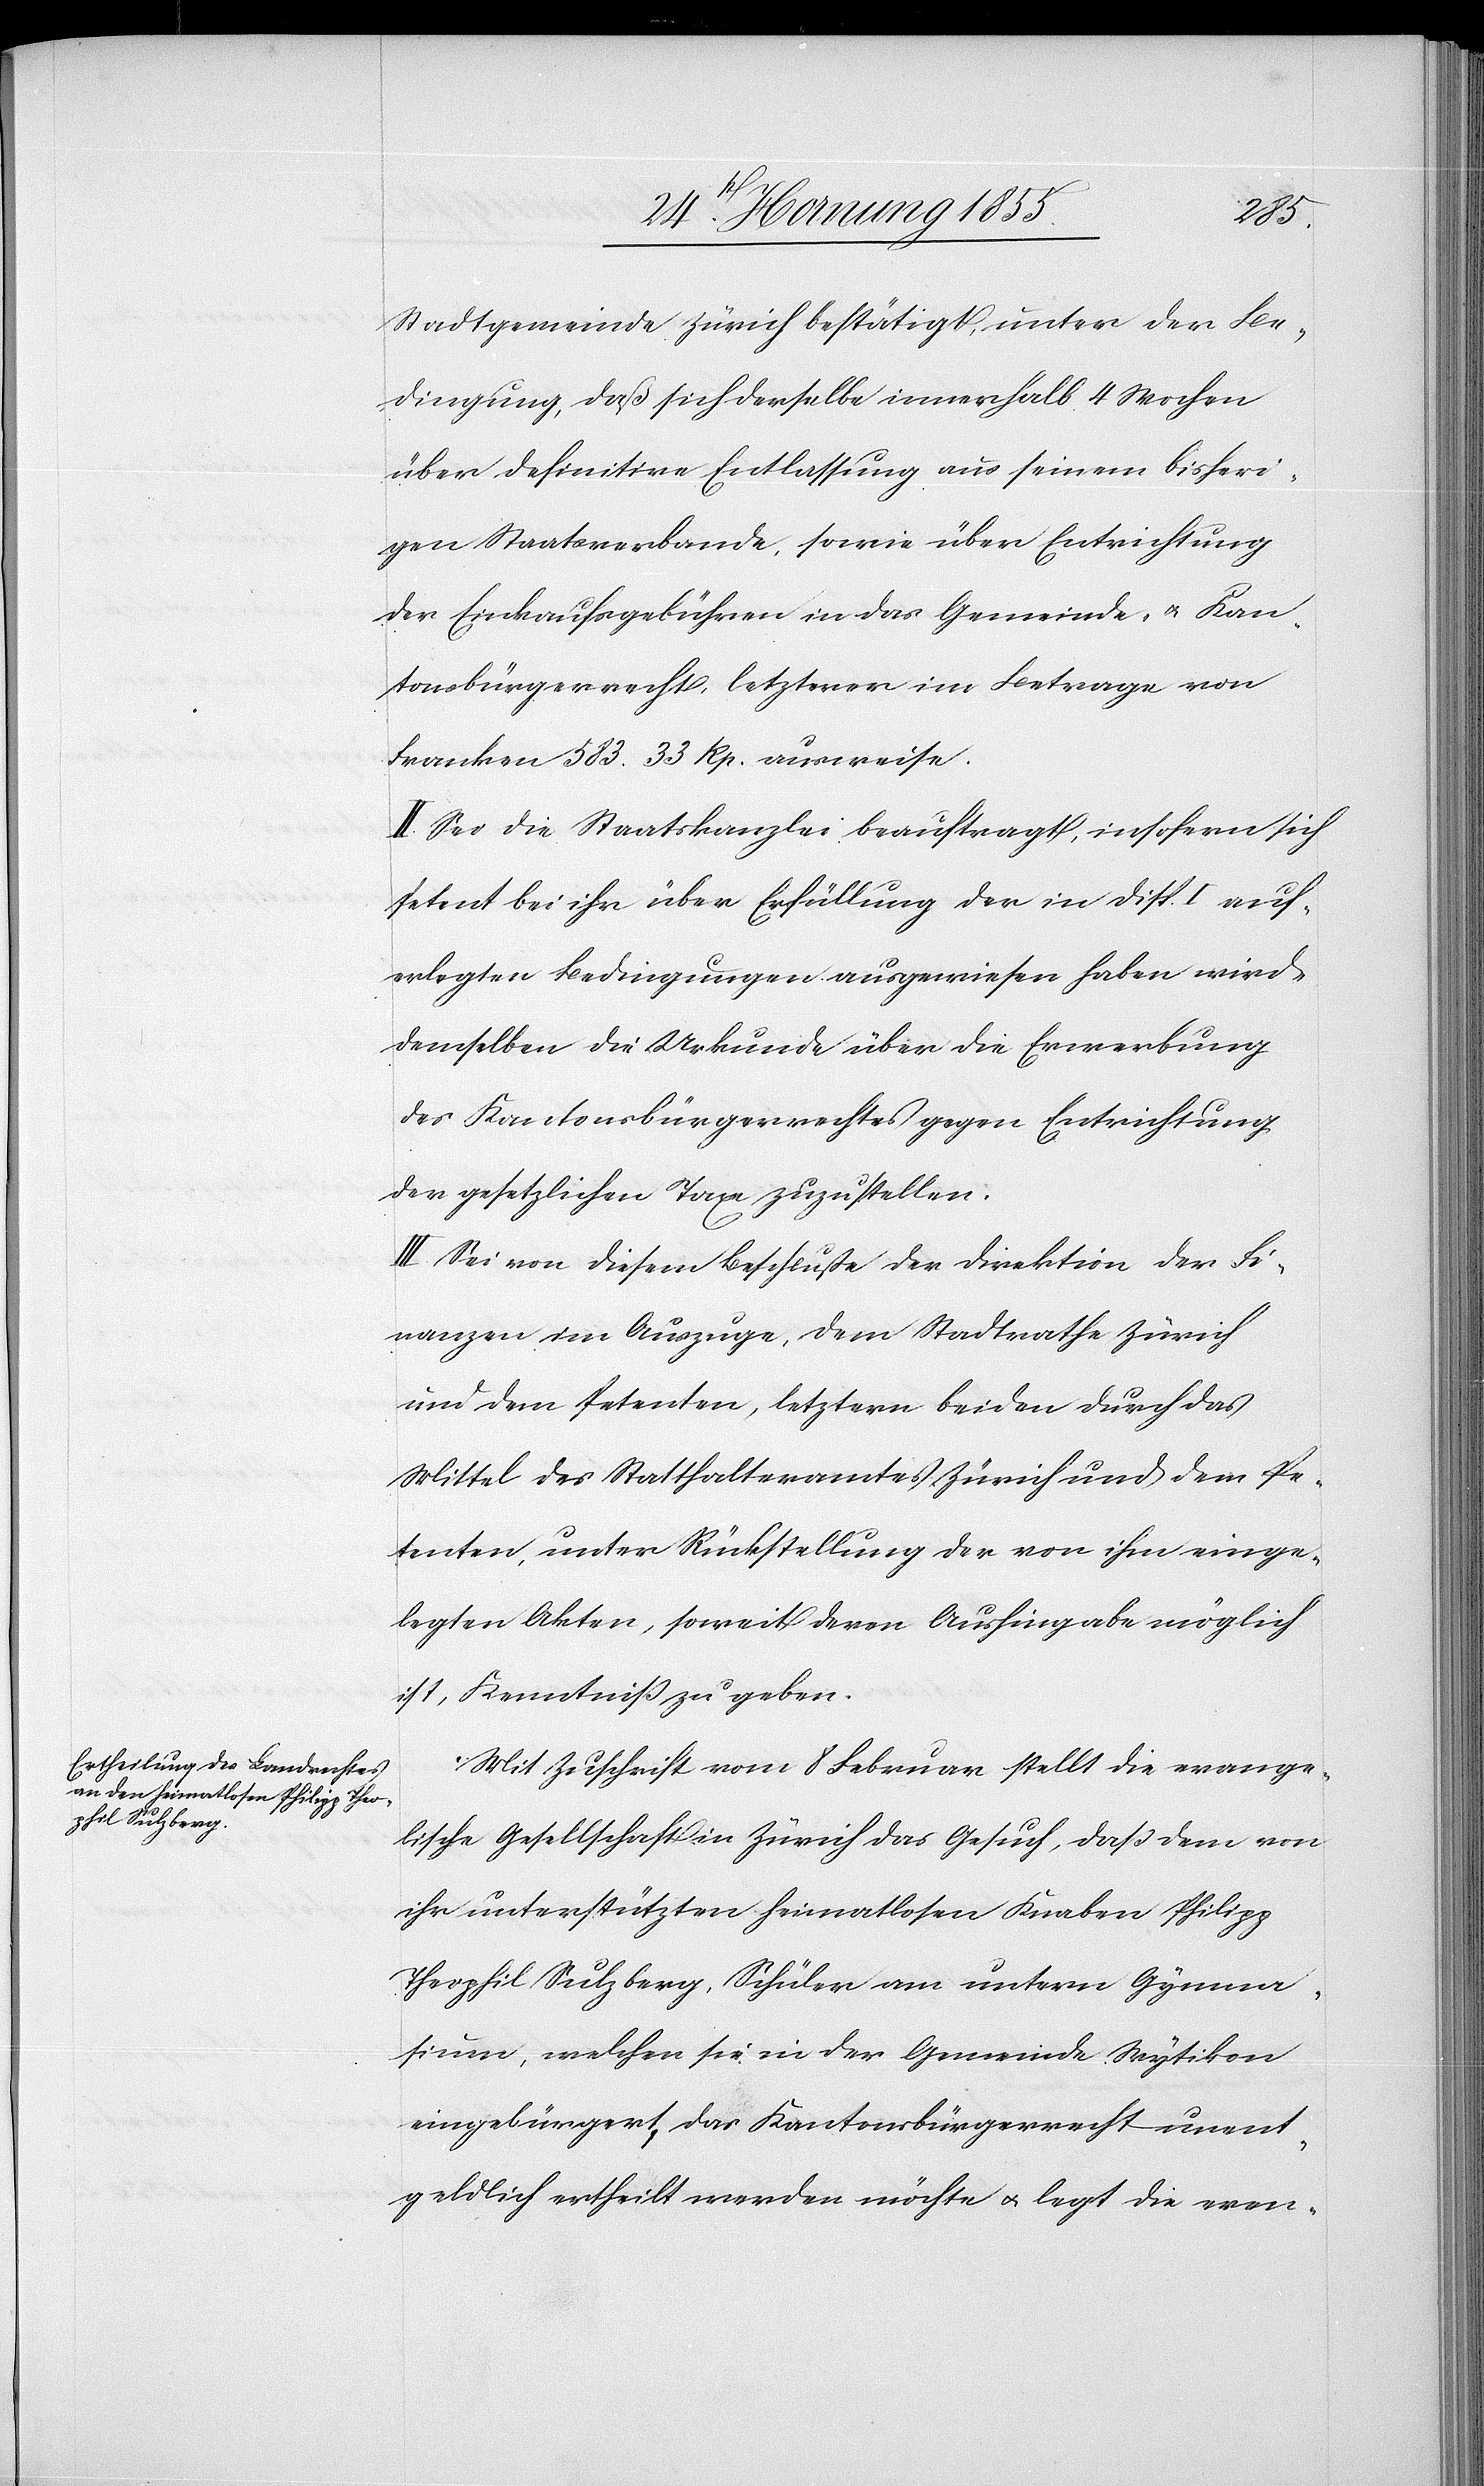
Stadtgemeinde Zürich bestätigt, unter der Be¬
dingung, daß sich derselbe innerhalb 4 Wochen
über definitive Entlassung aus seinem bisheri¬
gen Staatsverbande, sowie über Entrichtung
der Einkaufsgebühren in das Gemeinde- & Kan¬
tonsbürgerrecht, letzterer im Betrage von
Franken 583. 33 Rp. ausweise.
II. Sei die Staatskanzlei beauftragt, insofern sich
Petent bei ihr über Erfüllung der in Disp. I auf¬
erlegten Bedingungen ausgewiesen haben wird,
demselben die Urkunde über die Erwerbung
des Kantonsbürgerrechtes gegen Entrichtung
der gesetzlichen Taxe zuzustellen.
III. Sei von diesem Beschluße der Direktion der Fi¬
nanzen im Auszuge, dem Stadtrathe Zürich
und dem Petenten, letztern beiden durch das
Mittel des Statthalteramtes Zürich und dem Pe¬
tenten, unter Rückstellung der von ihm einge¬
legten Akten, soweit deren Aushingabe möglich
ist, Kenntniß zu geben.
Mit Zuschrift vom 8 Februar stellt die evange¬
lische Gesellschaft in Zürich das Gesuch, daß dem von
ihr unterstützten heimatlosen Knaben Philipp
Theophil Sulzberg, Schüler am untern Gymna¬
sium, welchen sie in der Gemeinde Wytikon
eingebürgert, das Kantonsbürgerrecht unent¬
geldlich ertheilt werden möchte & legt die even-